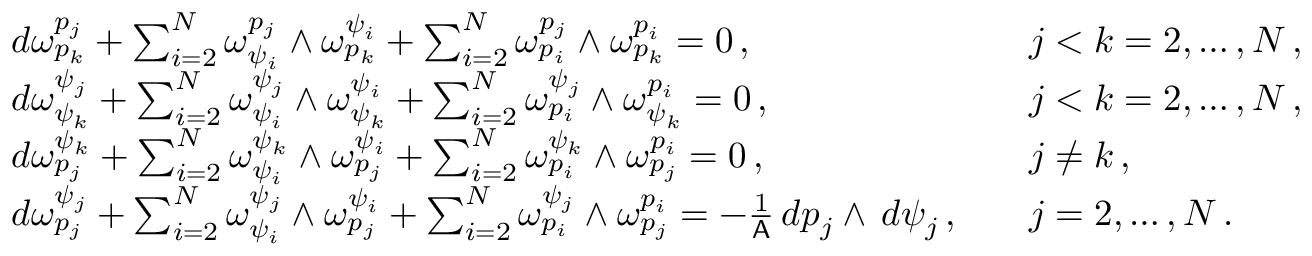
\begin{array} { r l r l } & { d \omega ^ { p _ { j } } _ { p _ { k } } + \sum _ { i = 2 } ^ { N } \omega ^ { p _ { j } } _ { \psi _ { i } } \wedge \omega ^ { \psi _ { i } } _ { p _ { k } } + \sum _ { i = 2 } ^ { N } \omega ^ { p _ { j } } _ { p _ { i } } \wedge \omega ^ { p _ { i } } _ { p _ { k } } = 0 \, , } & & { j < k = 2 , \hdots , N \, , } \\ & { d \omega ^ { \psi _ { j } } _ { \psi _ { k } } + \sum _ { i = 2 } ^ { N } \omega ^ { \psi _ { j } } _ { \psi _ { i } } \wedge \omega ^ { \psi _ { i } } _ { \psi _ { k } } + \sum _ { i = 2 } ^ { N } \omega ^ { \psi _ { j } } _ { p _ { i } } \wedge \omega ^ { p _ { i } } _ { \psi _ { k } } = 0 \, , } & & { j < k = 2 , \hdots , N \, , } \\ & { d \omega ^ { \psi _ { k } } _ { p _ { j } } + \sum _ { i = 2 } ^ { N } \omega ^ { \psi _ { k } } _ { \psi _ { i } } \wedge \omega ^ { \psi _ { i } } _ { p _ { j } } + \sum _ { i = 2 } ^ { N } \omega ^ { \psi _ { k } } _ { p _ { i } } \wedge \omega ^ { p _ { i } } _ { p _ { j } } = 0 \, , } & & { j \neq k \, , } \\ & { d \omega ^ { \psi _ { j } } _ { p _ { j } } + \sum _ { i = 2 } ^ { N } \omega ^ { \psi _ { j } } _ { \psi _ { i } } \wedge \omega ^ { \psi _ { i } } _ { p _ { j } } + \sum _ { i = 2 } ^ { N } \omega ^ { \psi _ { j } } _ { p _ { i } } \wedge \omega ^ { p _ { i } } _ { p _ { j } } = - \frac { 1 } { \mathsf { A } } \, d p _ { j } \wedge \, d \psi _ { j } \, , } & & { j = 2 , \hdots , N \, . } \end{array}